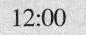
12:00